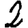
Digit: 2